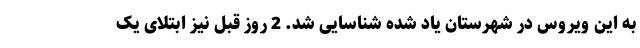
به این ویروس در شهرستان یاد شده شناسایی شد. 2 روز قبل نیز ابتلای یک